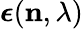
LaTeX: \boldsymbol{\epsilon}(\mathbf{n},\lambda)